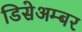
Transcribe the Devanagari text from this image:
डिसेअम्बर